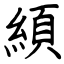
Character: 䋶